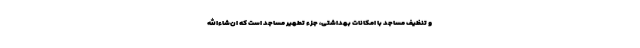
و تنظیف مساجد با امکانات بهداشتی، جزء تطهیر مساجد است که ان‌شاءالله